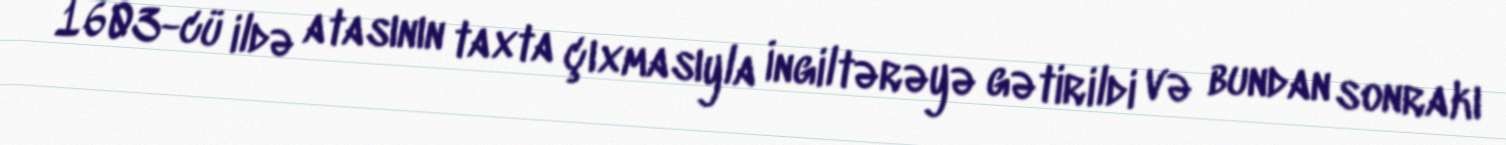
1603-cü ildə atasının taxta çıxmasıyla İngiltərəyə gətirildi və bundan sonrakı